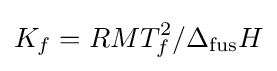
K_{f}=RMT_{f}^{2}/\Delta _{\mathrm {fus} }H